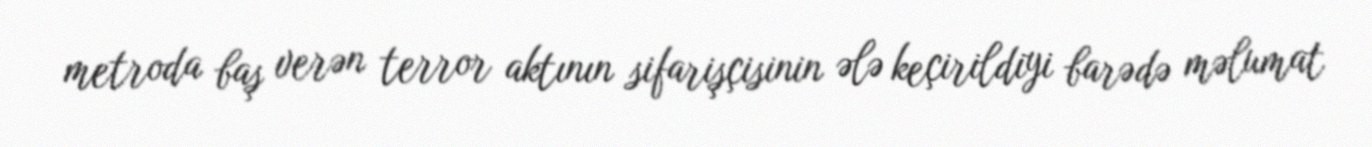
metroda baş verən terror aktının sifarişçisinin ələ keçirildiyi barədə məlumat